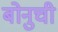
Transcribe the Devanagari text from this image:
बोनुची